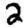
Digit: 2